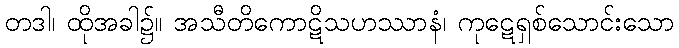
တဒါ၊ ထိုအခါ၌။ အသီတိကောဋိသဟဿာနံ၊ ကုဋေရှစ်သောင်းသော